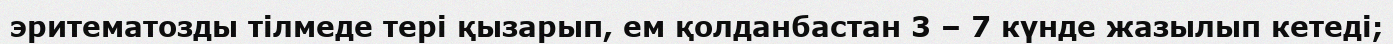
эритематозды тілмеде тері қызарып, ем қолданбастан 3 – 7 күнде жазылып кетеді;